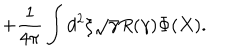
+ \frac { 1 } { 4 \pi } \int d ^ { 2 } \xi \sqrt { \gamma } R ( \gamma ) \Phi ( X ) .